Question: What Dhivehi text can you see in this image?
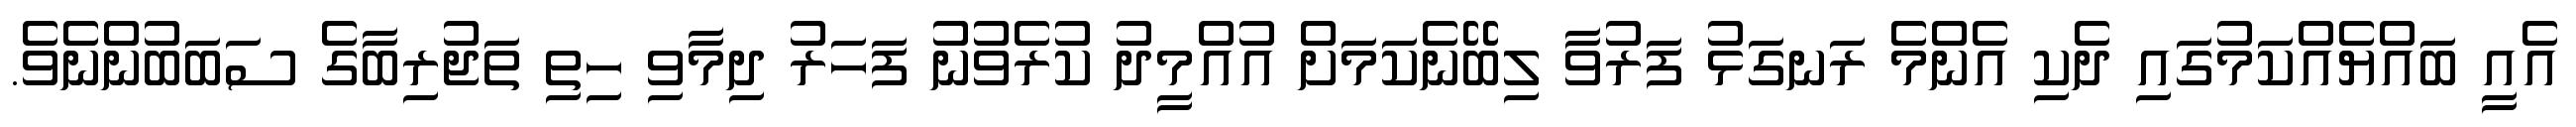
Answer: އެއީ ބައްޔެއްކަމުގައި ދެކި އެންމެ ރަނގަޅު ފަރުވާ ލިބޭނެކަމަށް އުއްމީދު ކުރެވުނު ފަހަރު ދިމާވި ހިތި ތަޖުރިބާގެ ސަބަބުންނެވެ.